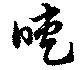
睫